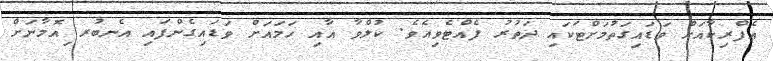
އެފްރިކާއަށް ވަޑައިގަތުމަށްޓަކައި ދަތުރު ފެއްޓެވިއެވެ. ކުލްވާ އާއި ހަމައަށް ވަޑައިގެންފައި އެނބުރ ިއޮމާނަށް